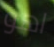
اهو